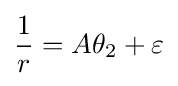
{\frac {1}{r}}=A\theta _{2}+\varepsilon